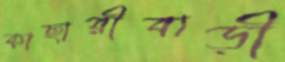
কাছারীবাড়ী